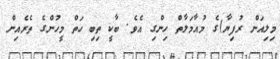
މިލިއަން ރުފިޔާ)ގެ މުއާމަލާތް ހިންގި އެވެ. ބާކީ ތިބި ހަތް މީހުންގެ ތެރެއިން